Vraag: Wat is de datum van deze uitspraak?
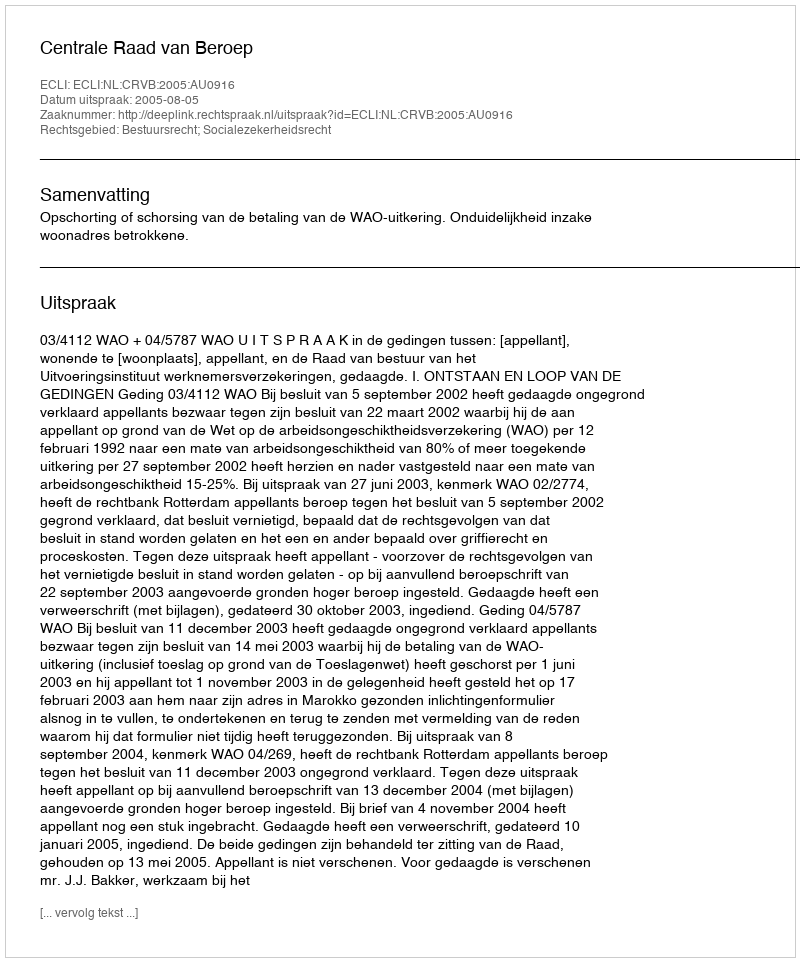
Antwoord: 2005-08-05